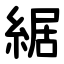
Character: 䋧